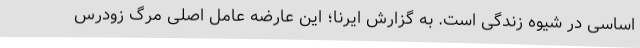
اساسی در شیوه زندگی است. به گزارش ایرنا؛ این عارضه عامل اصلی مرگ زودرس